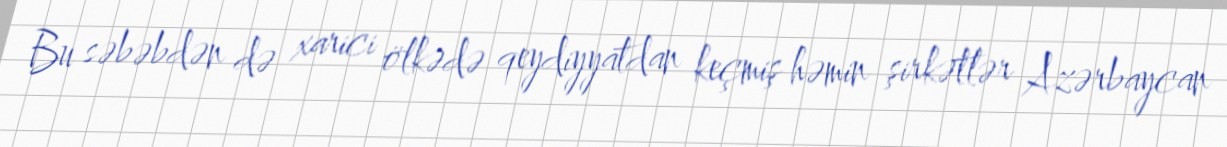
Bu səbəbdən də xarici ölkədə qeydiyyatdan keçmiş həmin şirkətlər Azərbaycan